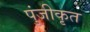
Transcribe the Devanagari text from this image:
पुंजीकृत